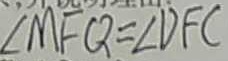
\angle M F Q = \angle D F C